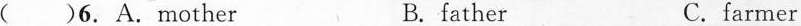
( )6. A.Mother B. father C. farmer